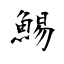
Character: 鯣